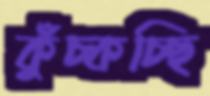
কুঁচ্‌কচ্ছি